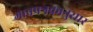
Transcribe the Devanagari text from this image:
गावपत्रकानुसार